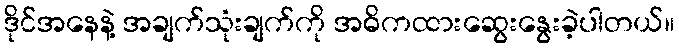
ဒိုင်အနေနဲ့ အချက်သုံးချက်ကို အဓိကထားဆွေးနွေးခဲ့ပါတယ်။